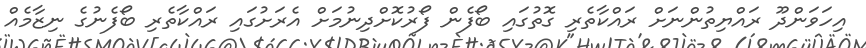
އިހަވަންދޫ ރައްޔިތުންނަށް ރައްކާތެރި ގޮތުގައި ބޯފެން ފޯރުކޮށްދިނުމަށް އެރަށުގައި ރައްކާތެރި ބޯފެނުގެ ނިޒާމެއް